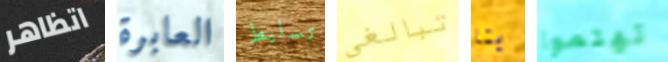
اتظاهر العابرة تسليط تبالغي بنا تهتموا